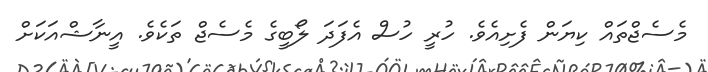
މެސެޖްތައް ކިޔަން ފެށިއެވެ. ހުރީ ހުސް އެފަދަ ލޯބީގެ މެސެޖް ތަކެވެ. އީނާޝްއަކަށް